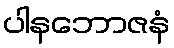
ပါနဘောဇနံ